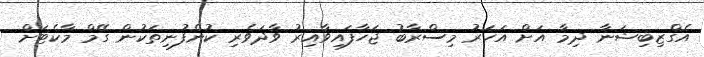
އެގްޒިބިޝަނާ ދިމާ އަށް އަހަރު މިސްރާބު ޖަހާފައިވާއިރު ވާދަވެރި ކުންފުނިތަކުން ގޭމް މާކެޓަށް